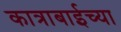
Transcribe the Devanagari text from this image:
कात्राबाईच्या